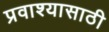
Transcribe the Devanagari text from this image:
प्रवाश्यासाठी